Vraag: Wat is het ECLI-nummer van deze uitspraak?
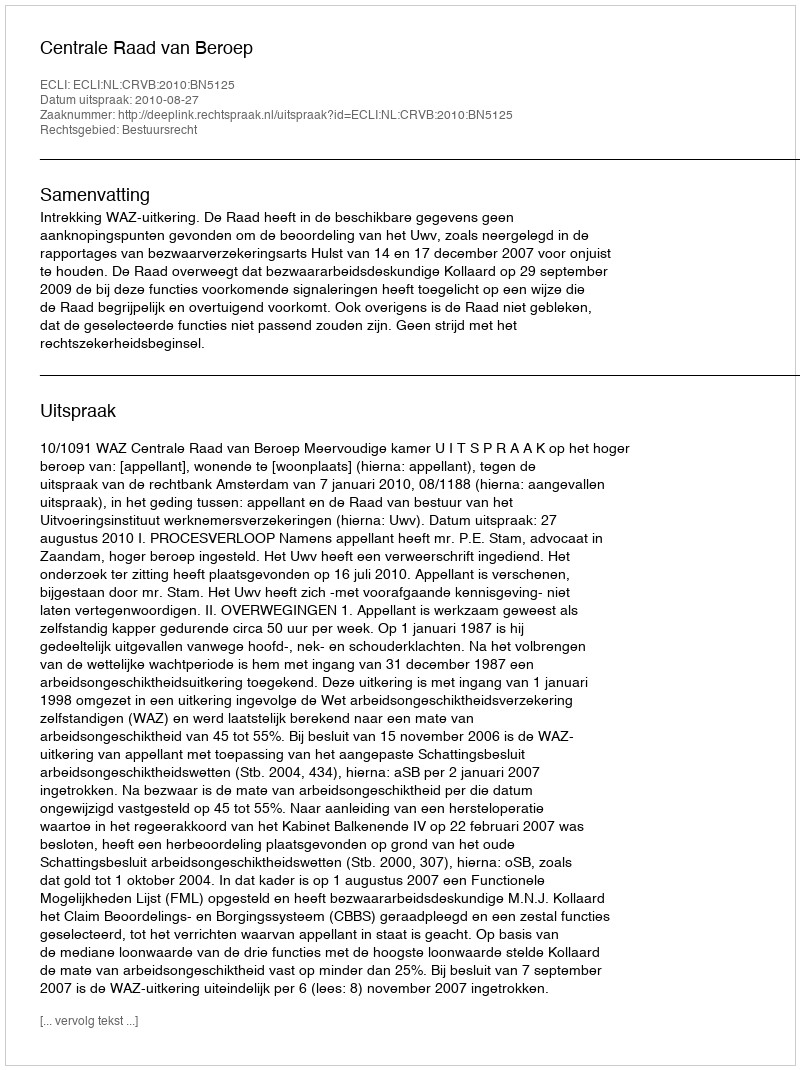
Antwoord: ECLI:NL:CRVB:2010:BN5125